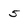
Character: 5